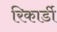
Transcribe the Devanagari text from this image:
रिकार्डी